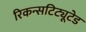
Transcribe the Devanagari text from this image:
रिकन्सटिट्यूटेड